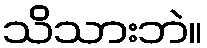
သိသားဘဲ။